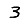
Digit: 3